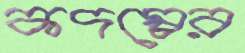
কদম্বের